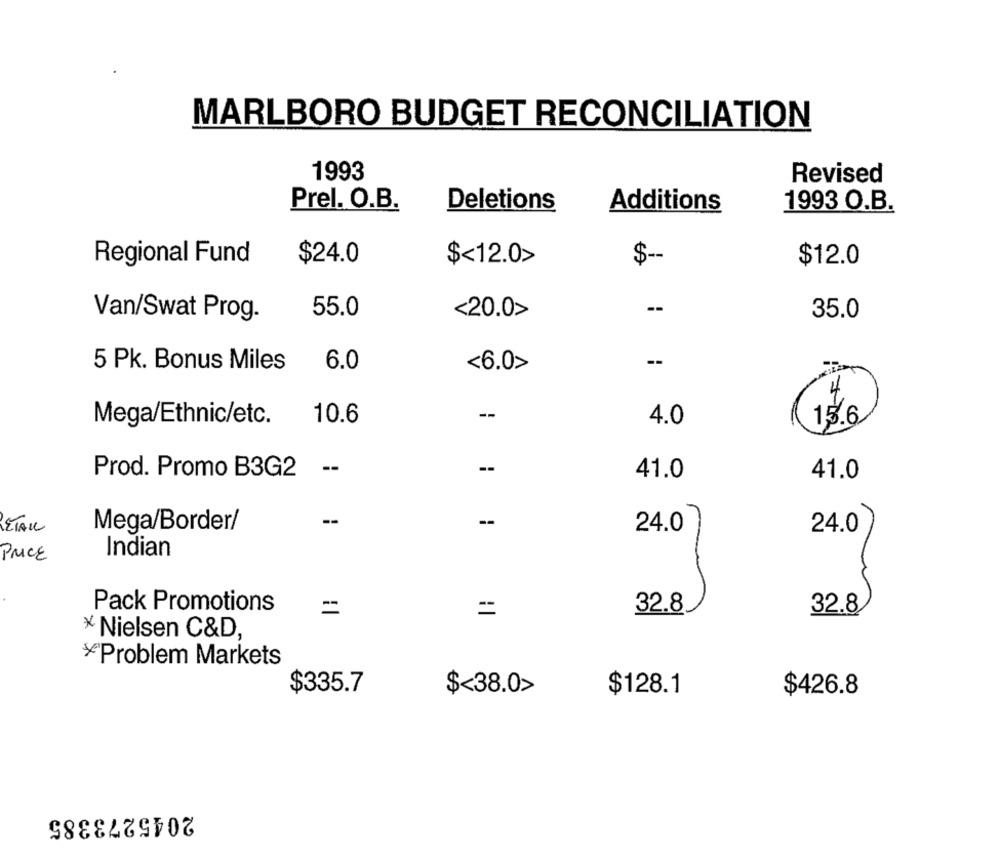
MARLBORO BUDGET RECONCILIATION
1993
Revised
Prel. O.B.
Deletions
Additions
1993 O.B.
Regional Fund
$24.0
$<12.0>
$ --
$12.0
--
Van/Swat Prog.
55.0
<20.0>
35.0
5 Pk. Bonus Miles
6.0
<6.0>
Mega/Ethnic/etc.
10.6
--
4.0
15.6
Prod. Promo B3G2
--
41.0
41.0
--
RETAIL
Mega/Border/
24.0
24.0
PRICE
Indian
Pack Promotions
=
=
32.8
32.8
x Nielsen C&D,
¥Problem Markets
$335.7
$<38.0>
$128.1
$426.8
2045273385